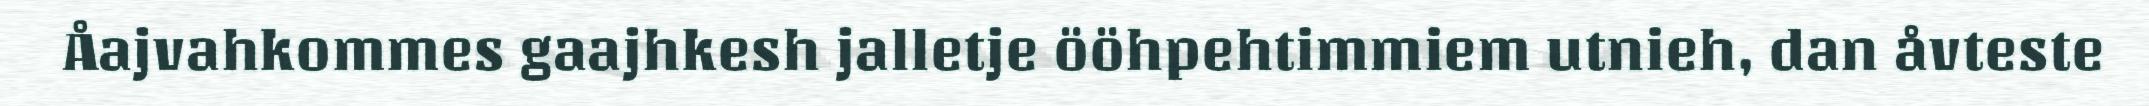
Åajvahkommes gaajhkesh jalletje ööhpehtimmiem utnieh, dan åvteste